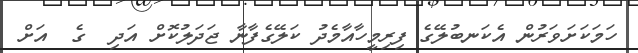
ހަމަކަށަވަރުން އެކަނބުލޭގެ ފިރިމީހާއާމެދު ކަލޭގެފާނާ ޖަދަލުކޮށް އަދި  ގެ  އަށް